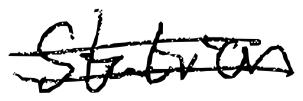
Text: station
Cross-out: double-line
Writing tool: digital_black